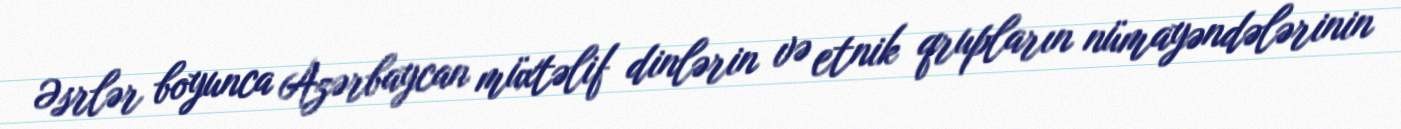
Əsrlər boyunca Azərbaycan müxtəlif dinlərin və etnik qrupların nümayəndələrinin